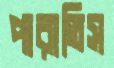
পারাতিস